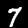
Label: 7